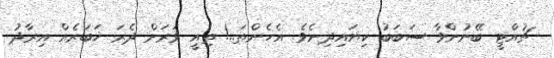
ޗުއްޓީ ބޭނުންވާ ސަބަބު ކިޔައިދިނެވެ. އެހެންތަ..! ތިއީ ވަރަށް ދެރަ ޚަބަރެއް އިރާދު